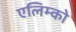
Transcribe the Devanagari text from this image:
एलिम्को